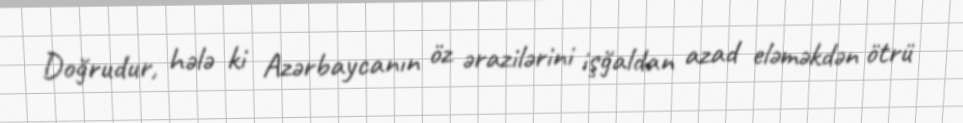
Doğrudur, hələ ki Azərbaycanın öz ərazilərini işğaldan azad eləməkdən ötrü